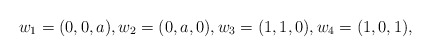
\begin{align*}w_1 = (0,0,a), w_2 = (0,a,0), w_3 = (1, 1, 0), w_4 = (1,0,1),\end{align*}